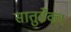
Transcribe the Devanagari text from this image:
सातुर्डेकर